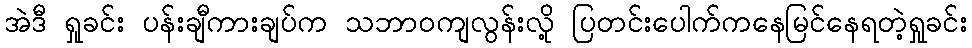
အဲဒီ ရှုခင်း ပန်းချီကားချပ်က သဘာဝကျလွန်းလို့ ပြတင်းပေါက်ကနေမြင်နေရတဲ့ရှုခင်း